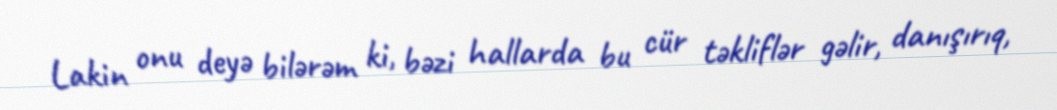
Lakin onu deyə bilərəm ki, bəzi hallarda bu cür təkliflər gəlir, danışırıq,